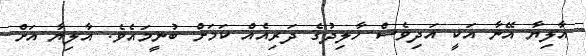
އާލިޔާ އޭނާ އަކީ އަދިވެސް ހާލިދުގެ ދަރިއެއް ކަމަށް ބުނީމައެވެ. އާލިޔާ އަށް